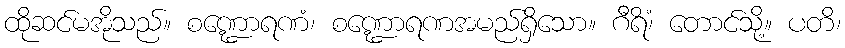
ထိုဆင်မအိုသည်။ စဏ္ဍောရဏံ၊ စဏ္ဍောရဏအမည်ရှိသော။ ဂီရိံ၊ တောင်သို့။ ပတိ၊